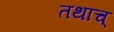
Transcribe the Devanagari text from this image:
तथाच्